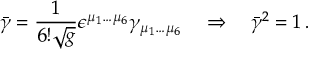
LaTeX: \bar { \gamma } = \frac 1 { 6 ! \sqrt g } \epsilon ^ { \mu _ { 1 } \dots \mu _ { 6 } } \gamma _ { \mu _ { 1 } \dots \mu _ { 6 } } \quad \Rightarrow \quad \bar { \gamma } ^ { 2 } = 1 \, .